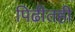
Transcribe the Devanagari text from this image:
पिढीतही